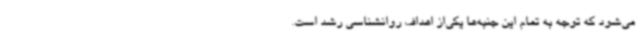
می‌شود که توجه به تمام این جنبه‌ها یکی‌از اهداف روانشناسی رشد است.